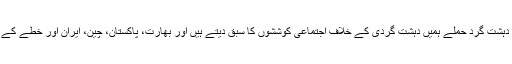
انہوں نے کہا کہ کابل، ممبئی، پشاور، پیرس، انقرہ اور کیلیفورنیا میں ہونے والے دہشت گرد حملے ہمیں دہشت گردی کے خلاف اجتماعی کوششوں کا سبق دیتے ہیں اور بھارت، پاکستان، چین، ایران اور خطے کے دیگر ممالک میں دہشتگردی کے خلاف جامع نیشنل ایکشن پلان مرتب کیا گیا ہے۔